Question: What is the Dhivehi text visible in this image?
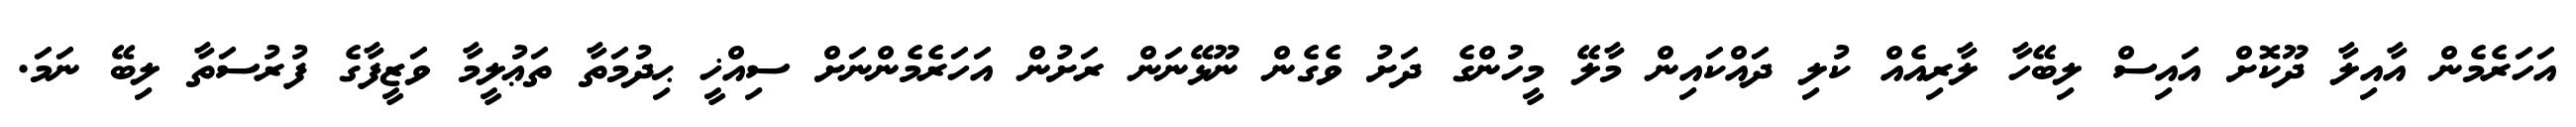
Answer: އަހަރެމެން އާއިލާ ދޫކޮށް އައިސް ލިބޭހާ ލާރިއެއް ކުލި ދައްކައިން މާލޭ މީހުންގެ ދަށު ވެގެން ނޫޅޭނަން ރަށުން އަހަރެމެންނަށް ސިއްޚީ ޙިދުމަތާ ތަޢުލީމާ ވަޒީފާގެ ފުރުސަތާ ލިބޭ ނަމަ.